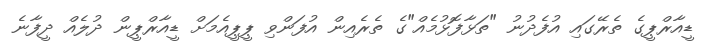
ޑީއާރްޕީގެ ތެރޭގައި އުފެދުނު "ތަޅާފޮޅުމެއް"ގެ ތެރެއިން އުފަންވި ޕީޕީއެމަށް ޑީއާރްޕީން ދުލެއް ދީފާނެ